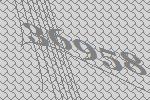
36958